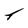
Character: T